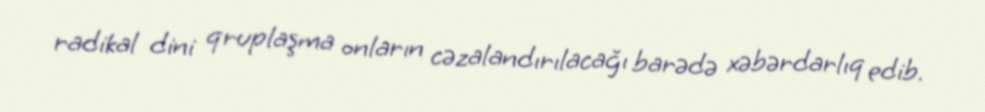
radikal dini qruplaşma onların cəzalandırılacağı barədə xəbərdarlıq edib.